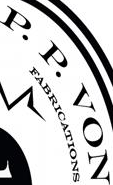
P.P.VON